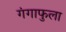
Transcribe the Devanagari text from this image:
गंगाफुला